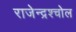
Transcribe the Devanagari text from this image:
राजेन्द्रश्चोल